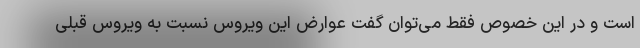
است و در این خصوص فقط می‌توان گفت عوارض این ویروس نسبت به ویروس قبلی